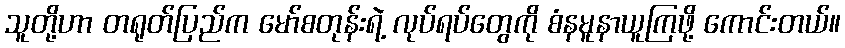
သူတို့ဟာ တရုတ်ပြည်က မော်စတုန်းရဲ့ လုပ်ရပ်တွေကို စံနမူနာယူကြဖို့ ကောင်းတယ်။